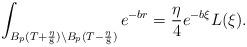
LaTeX: \begin{align*}\int_{B_p(T+\frac{\eta}{8})\setminus B_p(T-\frac{\eta}{8})} e^{-br}=\frac{\eta}{4}e^{-b\xi}L(\xi).\end{align*}